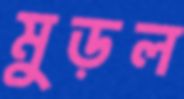
মুড়ল